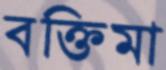
বক্তিমা